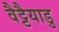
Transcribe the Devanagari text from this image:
वैट्टैयाडु